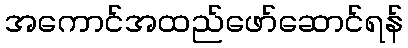
အကောင်အထည်ဖော်ဆောင်ရန်